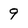
Character: 9